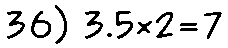
36) 3.5×2=7